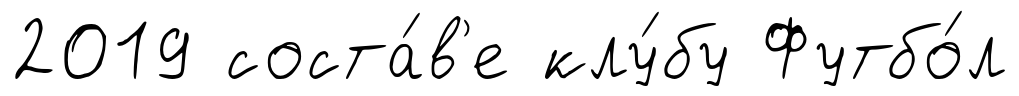
2019 соста́в'е клу́бу Футбо́л